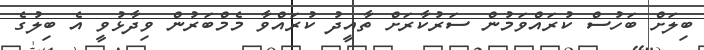
ބިލަށް ބަހުސް ކުރައްވަމުން ސަރުކާރަށް ތާއީދު ކުރައްވާ މެމްބަރުން ވިދާޅުވީ އެ ބިލުގެ